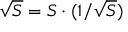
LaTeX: { \sqrt { S } } = S \cdot ( 1 / { \sqrt { S } } )